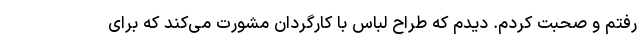
رفتم و صحبت کردم. دیدم که طراح لباس با کارگردان مشورت می‌کند که برای